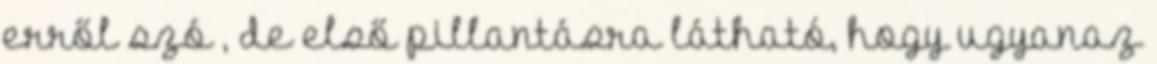
erről szó , de első pillantásra látható, hogy ugyanaz